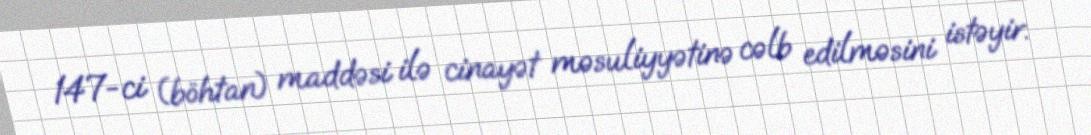
147-ci (böhtan) maddəsi ilə cinayət məsuliyyətinə cəlb edilməsini istəyir.